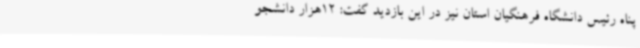
پناه رئیس دانشگاه فرهنگیان استان نیز در این بازدید گفت: 12هزار دانشجو